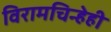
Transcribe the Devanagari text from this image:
विरामचिन्हेही